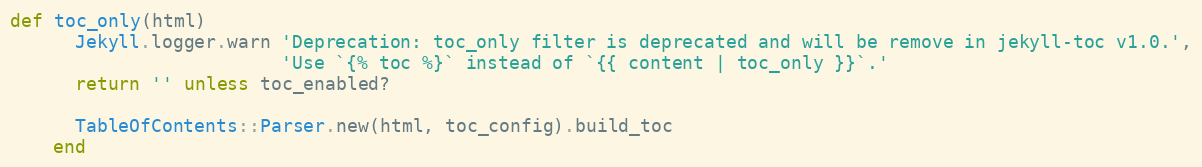
Language: Ruby
def toc_only(html)
      Jekyll.logger.warn 'Deprecation: toc_only filter is deprecated and will be remove in jekyll-toc v1.0.',
                         'Use `{% toc %}` instead of `{{ content | toc_only }}`.'
      return '' unless toc_enabled?

      TableOfContents::Parser.new(html, toc_config).build_toc
    end